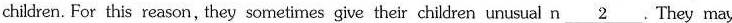
children. For this reason, they sometimes give their children unusual n\underline{2} They may